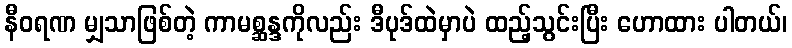
နီဝရဏ မျှသာဖြစ်တဲ့ ကာမစ္ဆန္ဒကိုလည်း ဒီပုဒ်ထဲမှာပဲ ထည့်သွင်းပြီး ဟောထား ပါတယ်၊